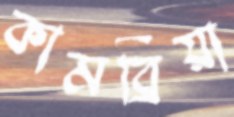
কামব্রিয়া